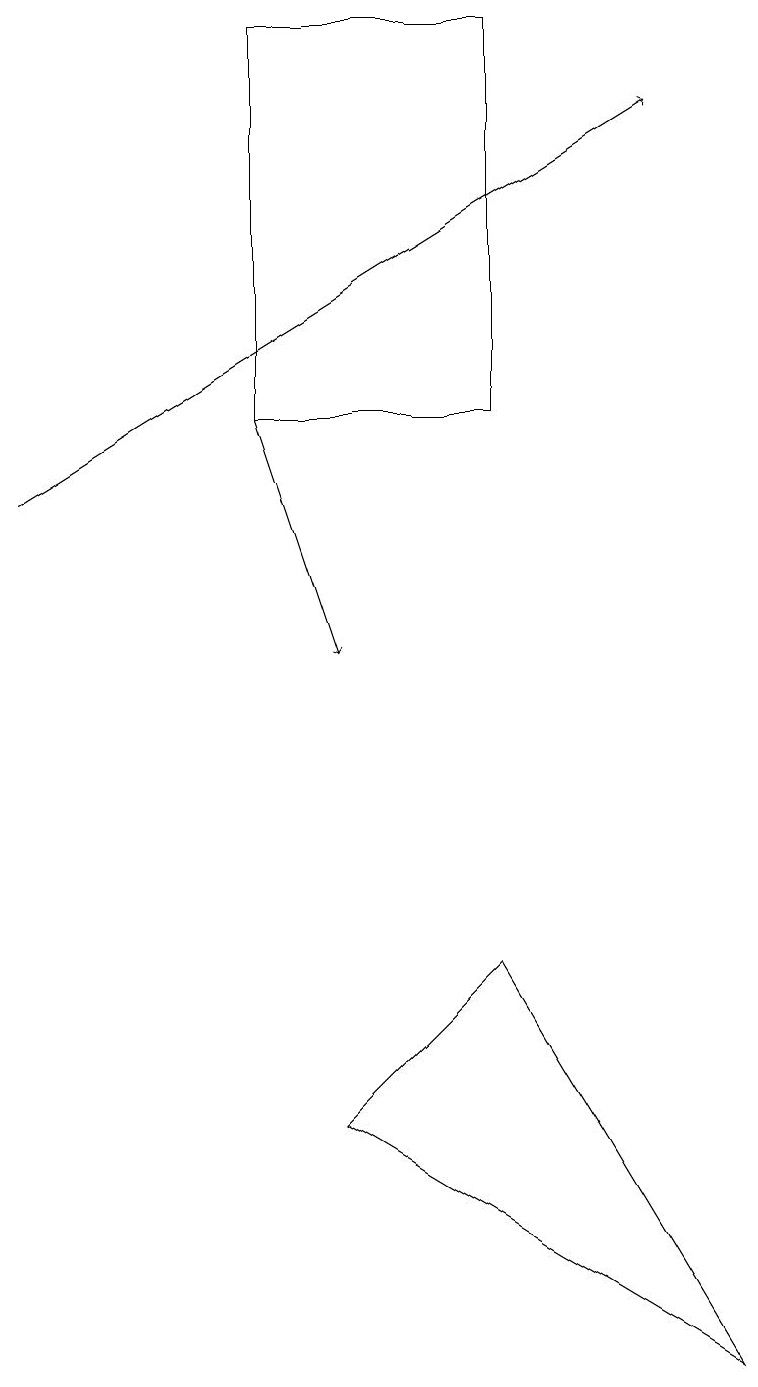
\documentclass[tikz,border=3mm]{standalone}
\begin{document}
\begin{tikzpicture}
\draw[->] (0,13) -- (8,18);
\draw (3,14) rectangle (6,19);
\draw (6,7) -- (9,2) -- (4,5) -- cycle;
\draw[->] (3,14) -- (4,11);
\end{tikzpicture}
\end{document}